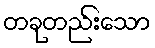
တခုတည်းသော